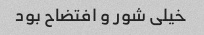
خیلی شور و افتضاح بود